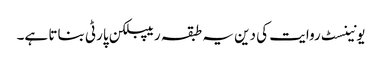
یونینسٹ روایت کی دین یہ طبقہ ریپبلکن پارٹی بناتا ہے۔